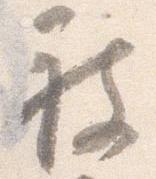
被